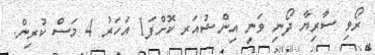
ރޯވި ސާރިޔާ ދޯނި ވަނީ އިންޝުއަރ ކޮށްފަ1 އަހަރު 4 މަސް ކުރިން.